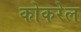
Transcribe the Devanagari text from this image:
कोकरेल